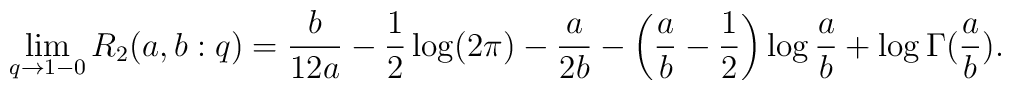
\lim_{q \to 1-0} R_{2}(a,b:q) = \frac{b}{12a} - \frac12 \log(2\pi)       - \frac{a}{2b} - \left(\frac{a}{b}-\frac12 \right) \log\frac{a}{b}       + \log \Gamma(\frac{a}{b}).